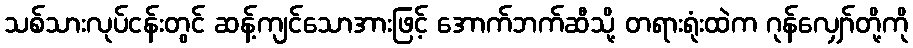
သစ်သားလုပ်ငန်းတွင် ဆန့်ကျင်သောအားဖြင့် အောက်ဘက်ဆီသို့ တရားရုံးထဲက ဂုန်လျှော်တို့ကို